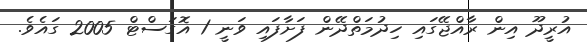
އުރީދޫ އިން ރާއްޖޭގައި ހިދުމަތްދޭން ފަށާފައި ވަނީ 1 އޮގަސްޓް 2005 ގައެވެ.